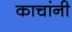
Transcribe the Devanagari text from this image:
काचांनी